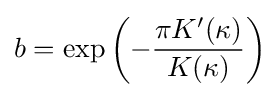
b=\exp \left(-{\frac {\pi K'(\kappa )}{K(\kappa )}}\right)